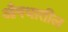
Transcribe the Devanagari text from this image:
औषधातील